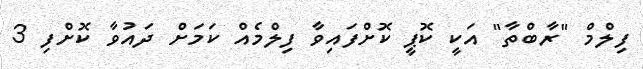
ފިލްމް "ރާބްތާ" އަކީ ކޮޕީ ކޮށްފައިވާ ފިލްމެއް ކަމަށް ދައުވާ ކޮށްފި 3